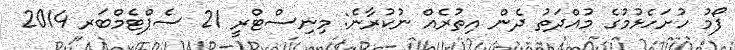
ފޯމު ހުށަހެޅުމުގެ މުއްދަތު ދެން އިތުރެއް ނުކުރާނެ: މިނިސްޓްރީ 21 ސެޕްޓެމްބަރ 2014